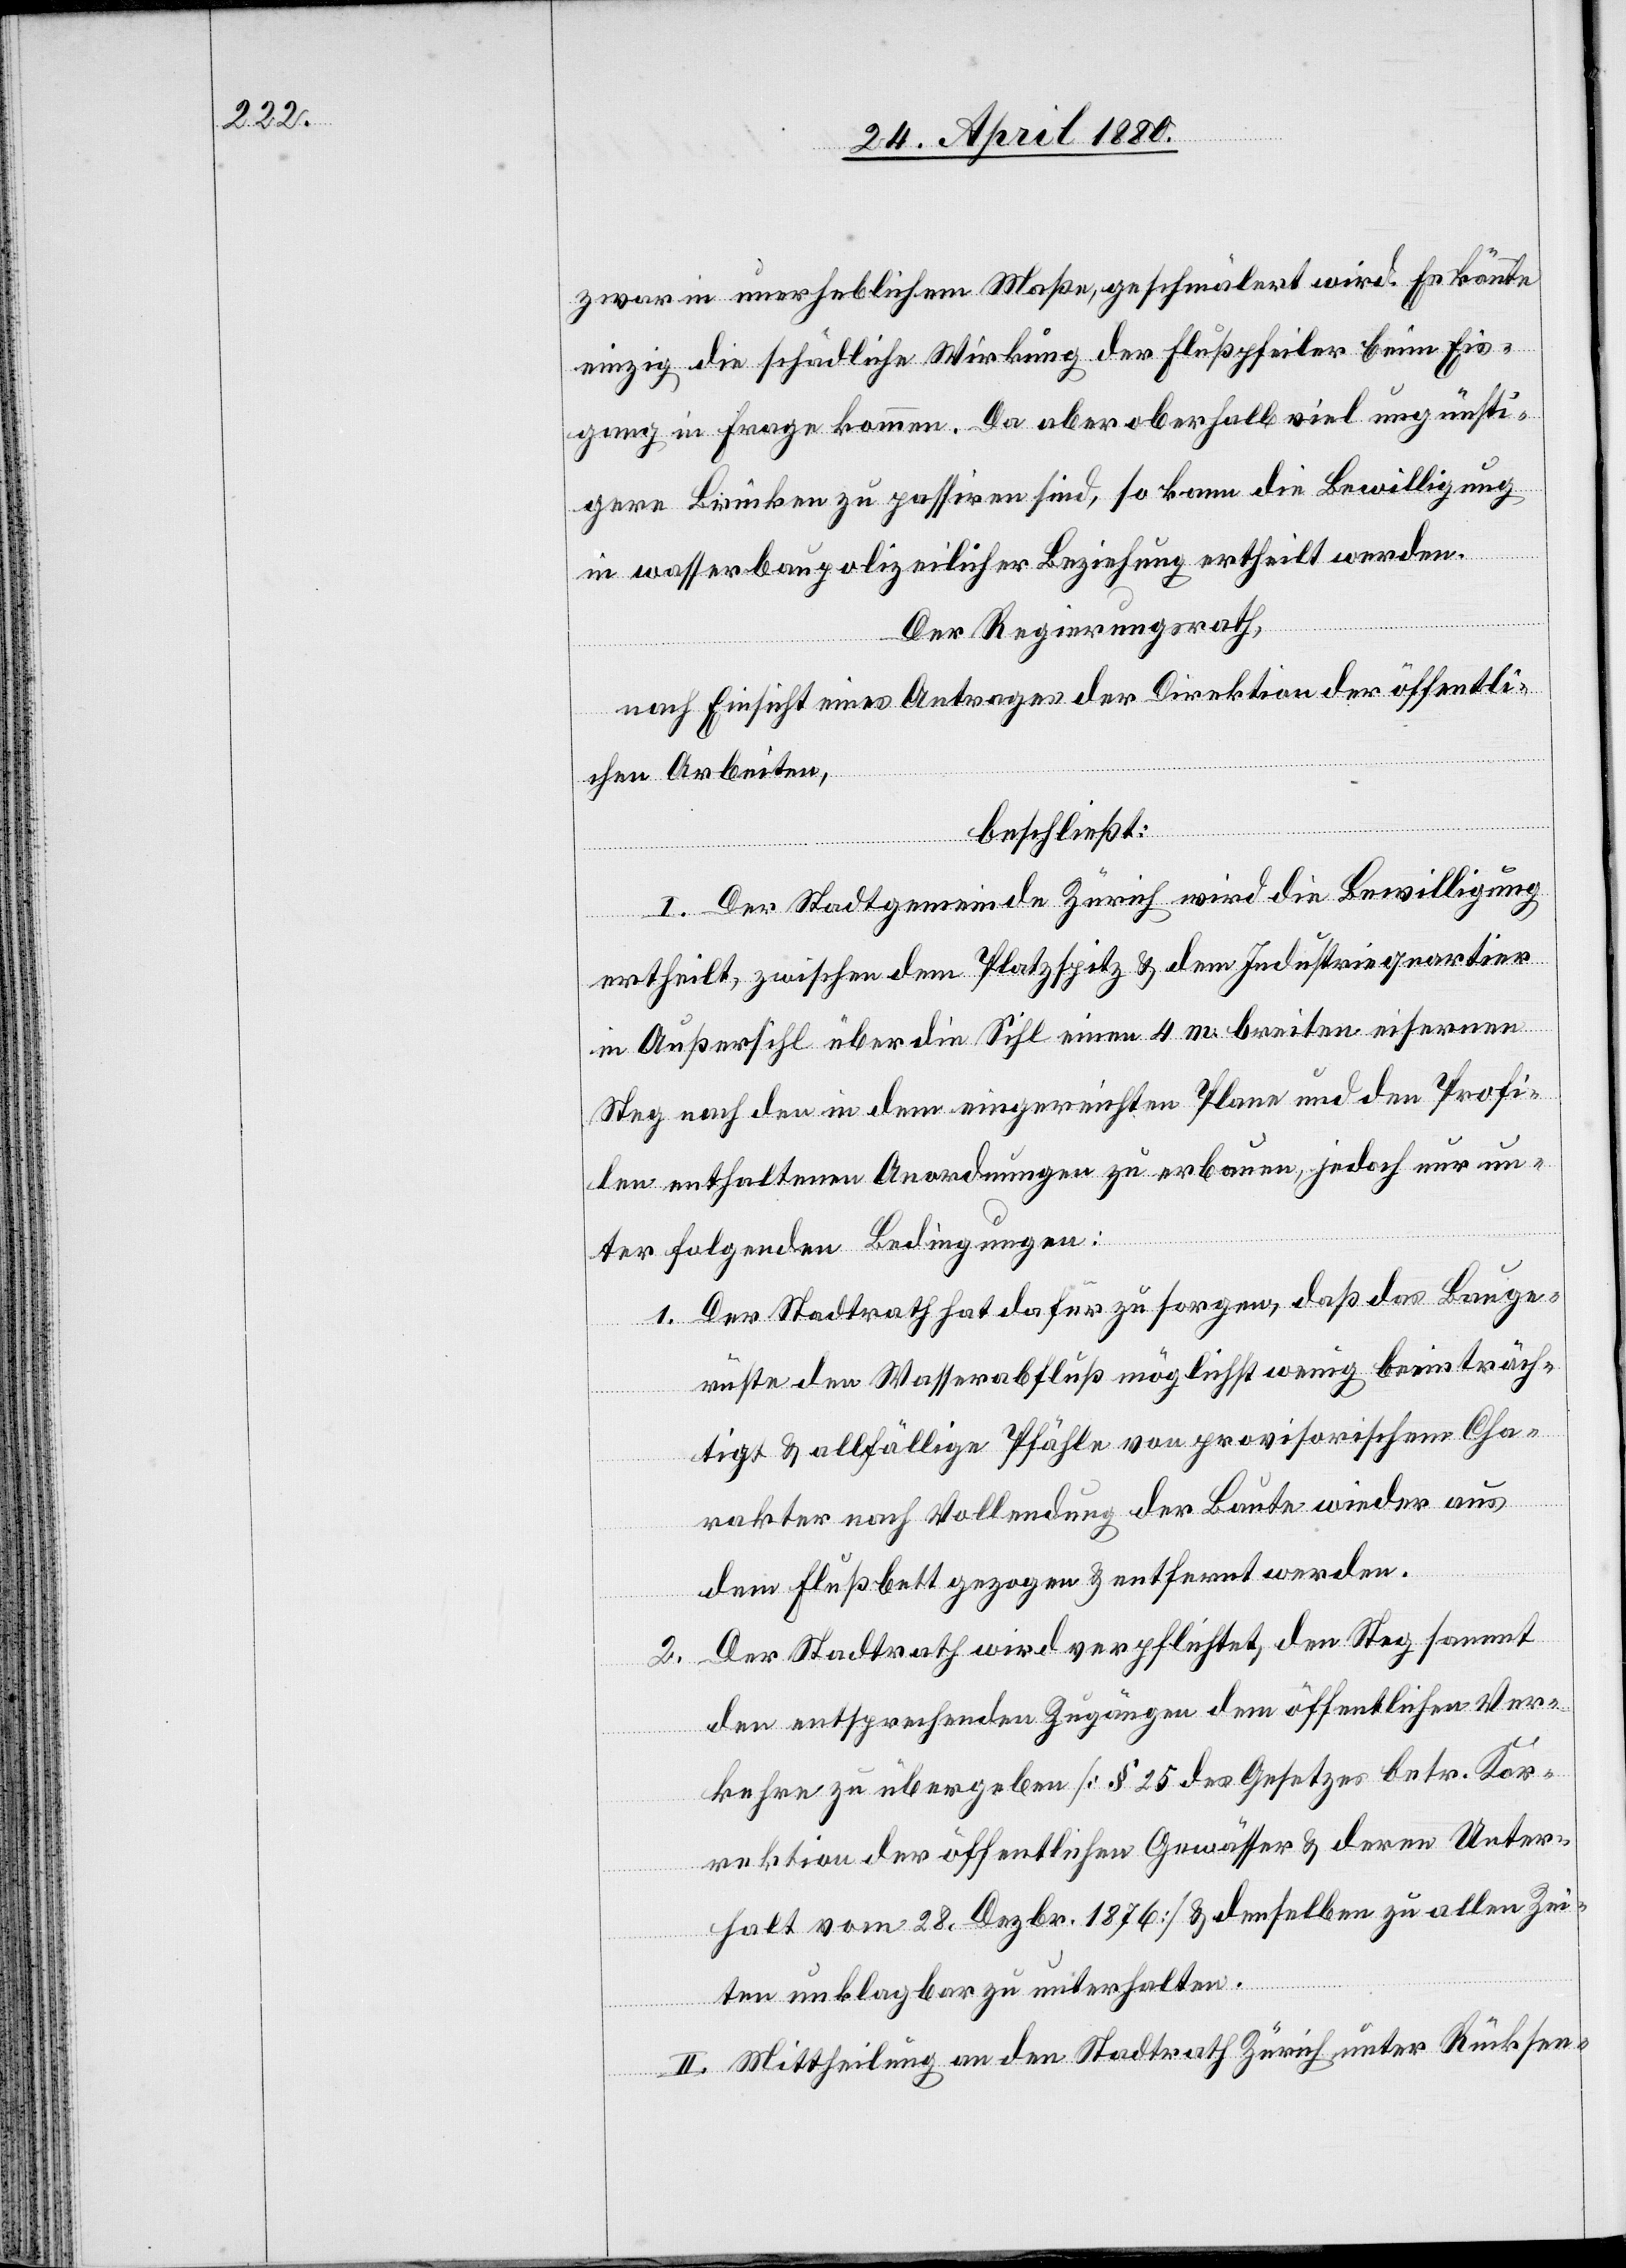
zwar in unerheblichem Maße, geschmälert wird. Es könnte
einzig die schädliche Wirkung der Flußpfeiler beim Eis¬
gang in Frage kommen. Da aber oberhalb viel ungünsti¬
gere Brücken zu passiren sind, so kann die Bewilligung
in wasserbaupolizeilicher Beziehung ertheilt werden.
Der Regierungsrath,
nach Einsicht eines Antrages der Direktion der öffentli¬
chen Arbeiten,
beschließt:
I. Der Stadtgemeinde Zürich wird die Bewilligung
ertheilt, zwischen dem Platzspitz & dem Industriequartier
in Außersihl über die Sihl einen 4 m breiten eisernen
Steg nach den in dem eingereichten Plane und den Profi¬
len enthaltenen Anordnungen zu erbauen, jedoch nur un¬
ter folgenden Bedingungen:
1. Der Stadtrath hat dafür zu sorgen, daß das Bauge¬
rüste den Wasserabfluß möglichst wenig beeinträch¬
tigt & allfällige Pfähle von provisorischem Cha¬
rakter nach Vollendung der Baute wieder aus
dem Flußbett gezogen & entfernt werden.
2. Der Stadtrath wird verpflichtet, den Steg sammt
den entsprechenden Zugängen dem öffentlichen Ver¬
kehre zu übergeben [§ 25 des Gesetzes betr. Kor¬
rektion der öffentlichen Gewässer & deren Unter¬
halt vom 29. Dezbr. 1876] & denselben zu allen Zei¬
ten unklagbar zu unterhalten.
II. Mittheilung an den Stadtrath Zürich unter Rücksen-